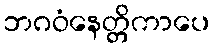
ဘဂဝံနေတ္တိကာပေ